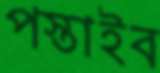
পস্তাইব